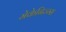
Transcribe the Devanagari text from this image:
मेकेनिज्म्स